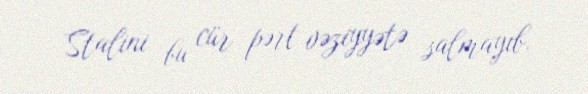
Stalini bu cür pərt vəziyyətə salmayıb.